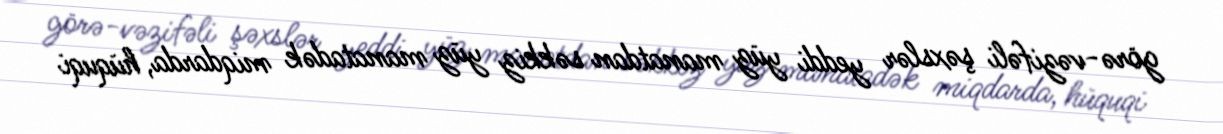
görə-vəzifəli şəxslər yeddi yüz manatdan səkkiz yüz manatadək miqdarda, hüquqi